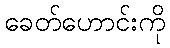
ခေတ်ဟောင်းကို